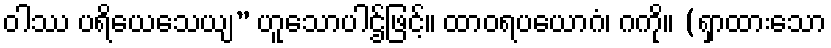
ဝါဿ ပရိယေသေယျ” ဟူသောပါဌ်ဖြင့်။ ထာဝရပယောဂံ၊ ဂကို။ (ရှာထားသော